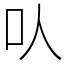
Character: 㕥